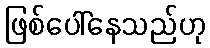
ဖြစ်ပေါ်နေသည်ဟု